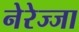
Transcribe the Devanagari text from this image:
नेरेज्जा